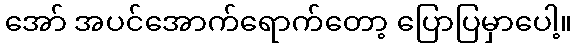
အော် အပင်အောက်ရောက်တော့ ပြောပြမှာပေါ့။